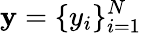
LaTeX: \mathbf{y}=\{ y_{i}\} _{i=1}^{N}